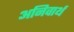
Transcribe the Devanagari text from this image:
अनिवार्थ